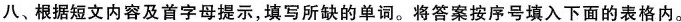
八、根据短文内容及首字母提示,填写所缺的单词。将答案按序号填入下面的表格内。